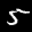
Label: 5